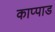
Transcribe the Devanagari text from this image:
काप्पाड